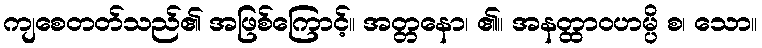
ကျစေတတ်သည်၏ အဖြစ်ကြောင့်။ အတ္တနော၊ ၏။ အနတ္ထာဝဟမ္ပိ စ၊ သော။